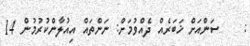
:    ސަންއަށް ޚަބަރެއް ދެއްވުމަށް: ނަންތައް އިއުލާންކުރުމުން 14